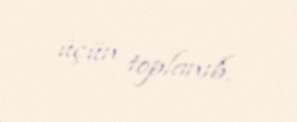
üçün toplanıb.